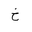
Letter: _kha